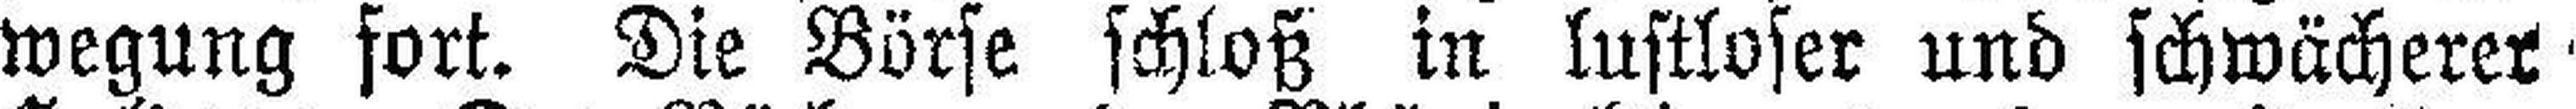
wegung fort. Die Börse schloß in lustloser und schwächerer